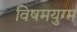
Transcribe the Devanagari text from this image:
विषमयुग्म